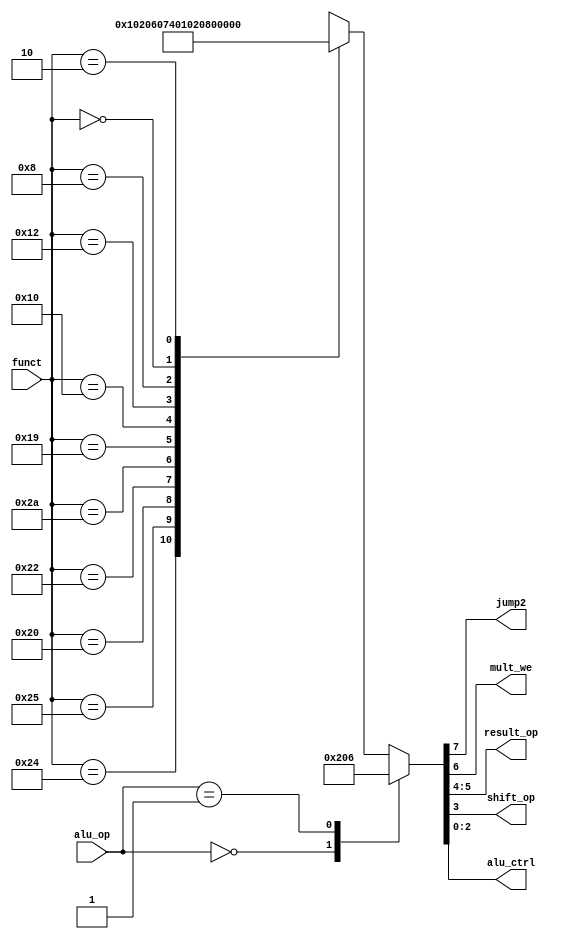
module auxdec (
    	input  wire [1:0]  alu_op,
    	input  wire [5:0]  funct,
    	output wire    	jump2,
    	output wire    	mult_we,
    	output wire [1:0]  result_op,
    	output wire    	shift_op,
    	output wire [2:0]  alu_ctrl
	);
	reg [7:0] ctrl;
	assign {jump2, mult_we, result_op, shift_op, alu_ctrl} = ctrl;
	always @ (alu_op, funct) begin
    	case (alu_op)
        	2'b00: ctrl = 3'b010;      	// ADD
        	2'b01: ctrl = 3'b110;      	// SUB
        	default: case (funct)
            	6'b10_0100: ctrl = 8'b0_0_00_0_000; // AND
            	6'b10_0101: ctrl = 8'b0_0_00_0_001; // OR
            	6'b10_0000: ctrl = 8'b0_0_00_0_010; // ADD
            	6'b10_0010: ctrl = 8'b0_0_00_0_110; // SUB
            	6'b10_1010: ctrl = 8'b0_0_00_0_111; // SLT
            	6'b01_1001: ctrl = 8'b0_1_00_0_000; // MULTU
            	6'b01_0000: ctrl = 8'b0_0_01_0_000; // MFHI
            	6'b01_0010: ctrl = 8'b0_0_10_0_000; // MFLO
            	6'b00_1000: ctrl = 8'b1_0_00_0_000; // JR
            	6'b00_0000: ctrl = 8'b0_0_11_1_000; // SLL
            	6'b00_0010: ctrl = 8'b0_0_11_0_000; // SRL
            	default:	ctrl = 8'bx_x_xx_x_xxx;
        	endcase
    	endcase
	end
endmodule